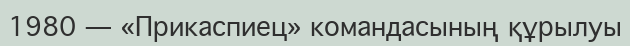
1980 — «Прикаспиец» командасының құрылуы